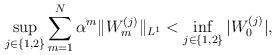
LaTeX: \begin{align*}\sup_{j\in\{1,2\}}\sum_{m=1}^N\alpha^m\|W_m^{(j)}\|_{L^1}<\inf_{j\in\{1,2\}}|W_0^{(j)}|,\end{align*}